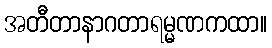
အတီတာနာဂတာရမ္မဏကထာ။